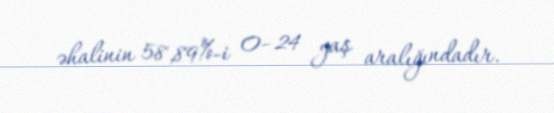
əhalinin 58,89%-i 0–24 yaş aralığındadır.